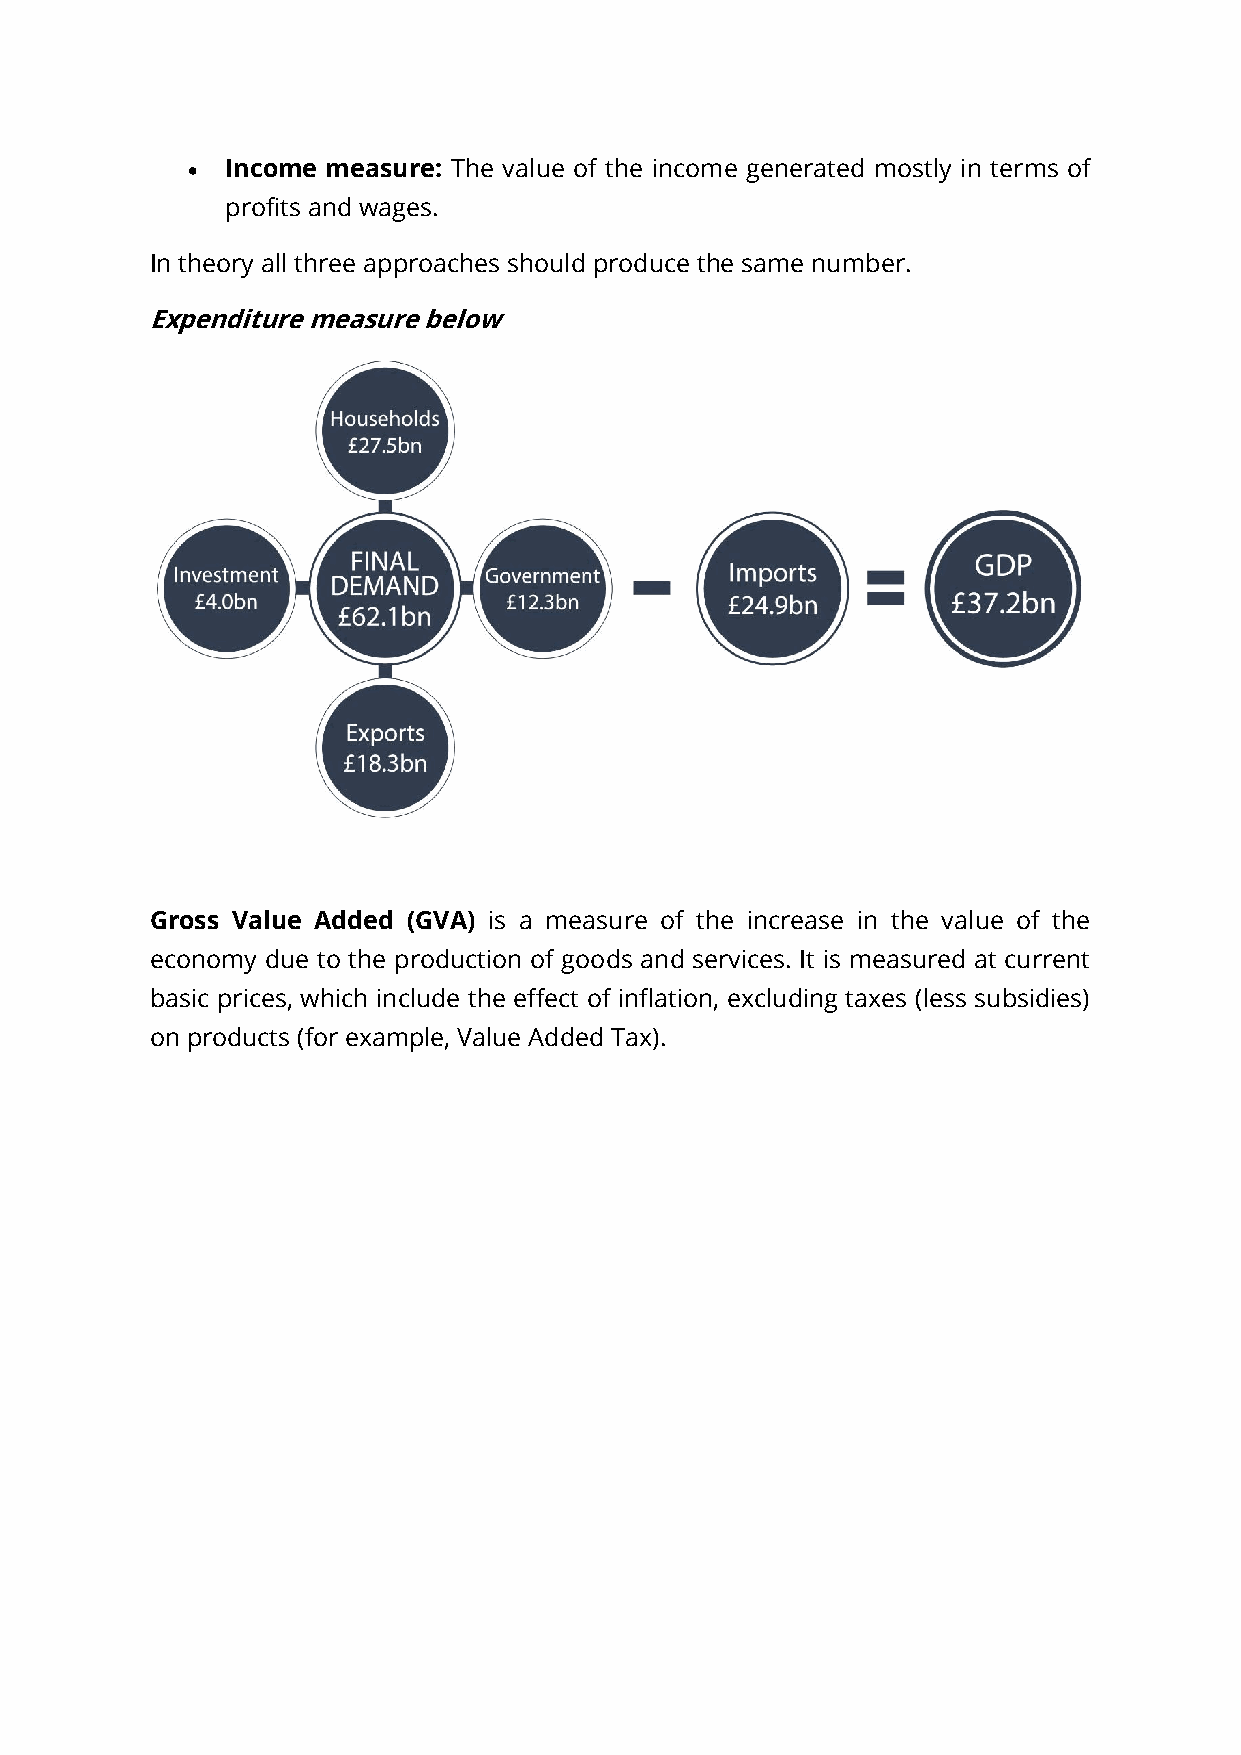
  Income measure: The value of the income generated mostly in terms of
 profits and wages.
 In theory all three approaches should produce the same number.
 Expenditure measure below
 Gross Value Added (GVA) is a measure of the increase in the value of the
 economy due to the production of goods and services. It is measured at current
 basic prices, which include the effect of inflation, excluding taxes (less subsidies)
 on products (for example, Value Added Tax).